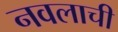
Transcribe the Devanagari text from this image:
नवलाची